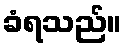
ခံရသည်။